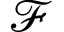
\mathscr { F }